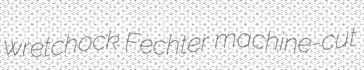
wretchock Fechter machine-cut